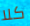
كلا